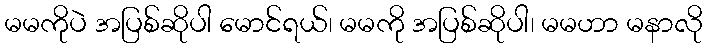
မမကိုပဲ အပြစ်ဆိုပါ မောင်ရယ်၊ မမကို အပြစ်ဆိုပါ၊ မမဟာ မနာလို